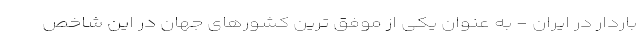
باردار در ایران - به عنوان یکی از موفق ترین کشورهای جهان در این شاخص